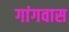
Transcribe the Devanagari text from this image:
गांगवास